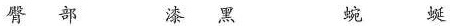
臀部 漆黑 蜿蜒